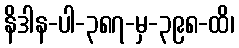
နိဒါန-ပါ-၃၈၇-မှ-၃၉၈-ထိ၊